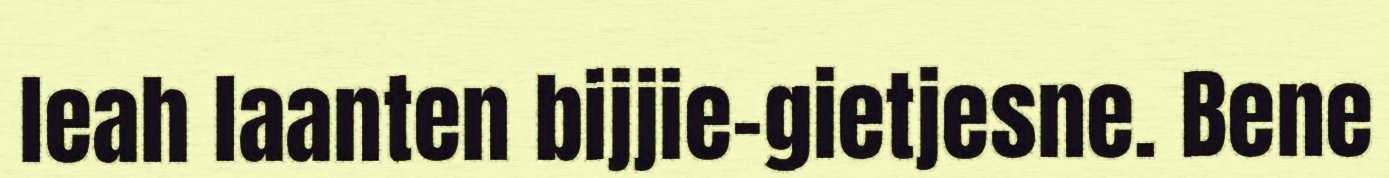
leah laanten bijjie-gietjesne. Bene